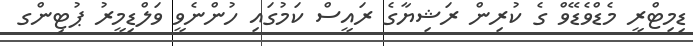
ޑިމިޓްރީ މެޑްވެޑޭވް ގެ ކުރިން ރަޝިޔާގެ ރައީސް ކަމުގައި ހުންނެވީ ވަލްޑިމީރު ޕުޓިންގ